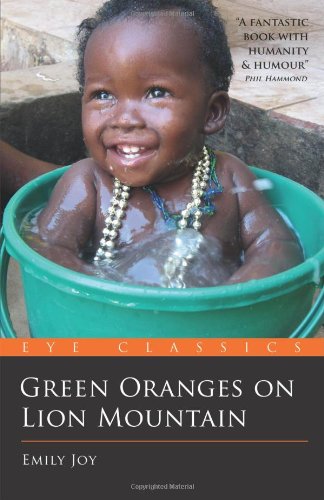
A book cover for Green Oranges on Lion Mountain (Eye Classics); Emily Joy; Travel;